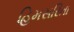
હિમસરિતા